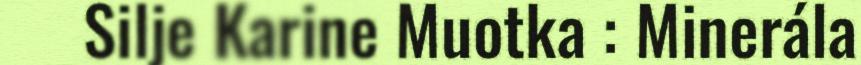
Silje Karine Muotka : Minerála